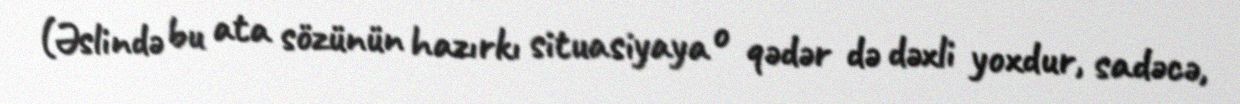
(Əslində bu ata sözünün hazırkı situasiyaya o qədər də dəxli yoxdur, sadəcə,